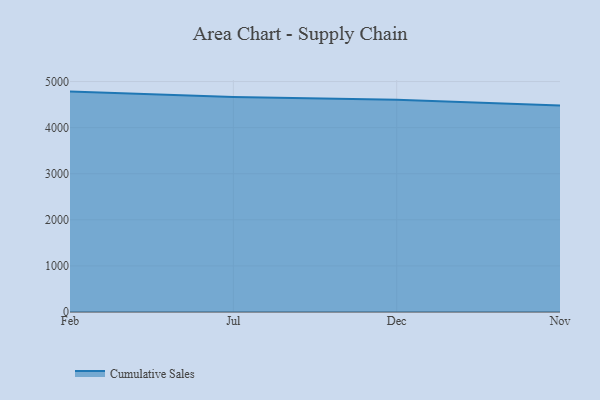
{"axis": {"x": "Month", "y": "Backlog"}, "legend": ["Cumulative Sales"], "data": [{"x": "Feb", "y": 4781.6, "type": "Cumulative Sales"}, {"x": "Jul", "y": 4663.7, "type": "Cumulative Sales"}, {"x": "Dec", "y": 4603.8, "type": "Cumulative Sales"}, {"x": "Nov", "y": 4477.8, "type": "Cumulative Sales"}]}